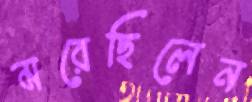
মরেছিলেন